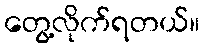
တွေ့လိုက်ရတယ်။